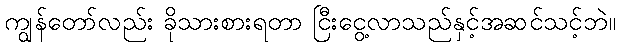
ကျွန်တော်လည်း ခိုသားစားရတာ ငြီးငွေ့လာသည်နှင့်အဆင်သင့်ဘဲ။